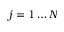
j = 1 \dots N